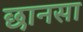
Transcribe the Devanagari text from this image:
छानसा